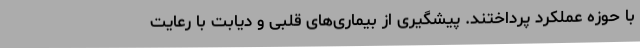
با حوزه عملکرد پرداختند. پیشگیری از بیماری‌های قلبی و دیابت با رعایت